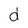
Character: d